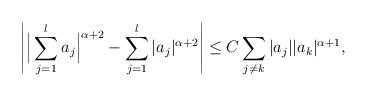
LaTeX: \begin{align*}\left| \Big| \sum_{j=1}^l a_j\Big|^{\alpha+2} - \sum_{j=1}^l |a_j|^{\alpha+2} \right| \leq C \sum_{j \ne k} |a_j| |a_k|^{\alpha+1}, \end{align*}